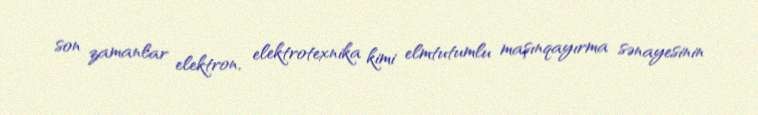
son zamanlar elektron, elektrotexnika kimi elmtutumlu maşınqayırma sənayesinin